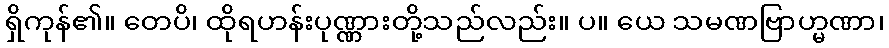
ရှိကုန်၏။ တေပိ၊ ထိုရဟန်းပုဏ္ဏားတို့သည်လည်း။ ပ။ ယေ သမဏဗြာဟ္မဏာ၊